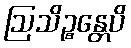
ဩသိဉ္စန္တေပိ